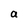
Character: a